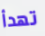
تهدأ